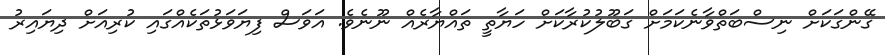
ގޭންގަކަށް ނިސްބަތްވާނެކަމަށް ގަބޫލުކުރާކަށް ހަޔާތީ ތައްޔާރެއް ނޫނެވެ. އަވަސް ފިޔަވަޅުތަކެއްގައި ކުރިއަށް ދިޔައިރު